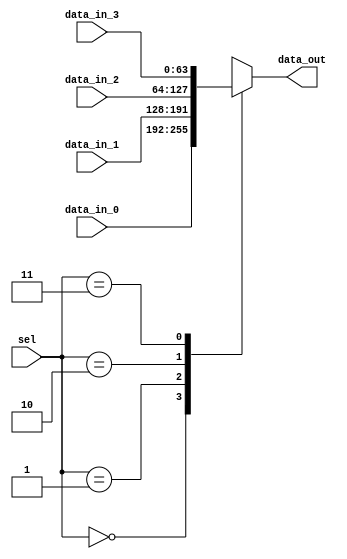
// `timescale 1ns / 1ps

module MUX4T1_64(
    input [63:0]  data_in_0,
    input [63:0]  data_in_1,
    input [63:0]  data_in_2,
    input [63:0]  data_in_3,
    input [1:0] sel,
    output [63:0] data_out
);
    reg[63:0] output_data = 0;
    always @(*) begin
        case(sel)
            2'b00: output_data = data_in_0;
            2'b01: output_data = data_in_1;
            2'b10: output_data = data_in_2;
            2'b11: output_data = data_in_3;
            default : output_data = data_in_0;
        endcase
    end
    assign data_out = output_data;
    
endmodule